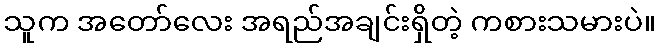
သူက အတော်လေး အရည်အချင်းရှိတဲ့ ကစားသမားပဲ။